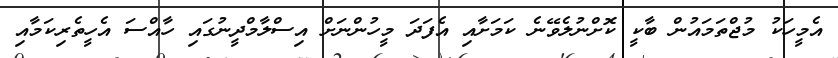
އެމީހަކު މުޖްތަމައުން ބާކީ ކޮށްނުލެވޭނެ ކަމަށާއި އެފަދަ މީހުންނަށް އިސްލާމްދީނުގައި ހާއްސަ އެހީތެރިކަމާއި